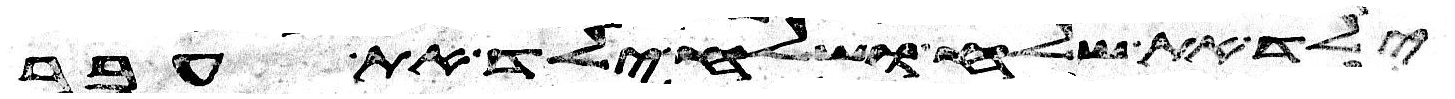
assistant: ילד את שלח ושלח ילד את עבר